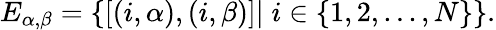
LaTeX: E_{\alpha,\beta}=\{ [(i,\alpha),(i,\beta)]|\; i\in\{ 1,2,...,N\} \} .